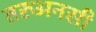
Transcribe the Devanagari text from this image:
तरुअनसी